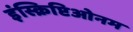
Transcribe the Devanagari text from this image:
इंस्क्रिप्टिओनम